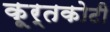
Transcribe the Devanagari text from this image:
कूर्तकोटी